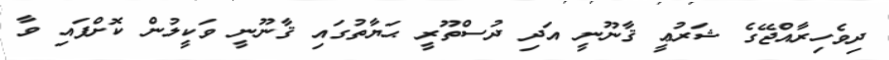
ދިވެހިރާއްޖޭގެ ޝަރުޢީ ޤާނޫނީ އަދި ދުސްތޫރީ ޙަޔާތުގައި ޤާނޫނީ ވަކީލުން ކޮށްފައި ވާ